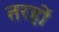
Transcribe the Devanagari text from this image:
तरहों